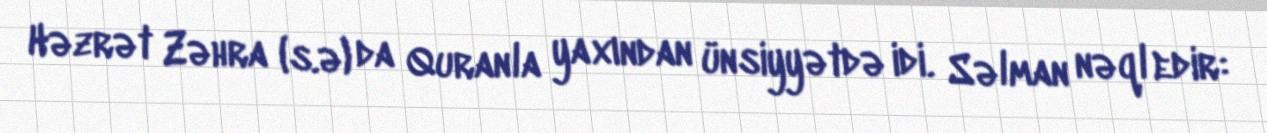
Həzrət Zəhra (s.ə) da Quranla yaxından ünsiyyətdə idi. Səlman nəql edir: